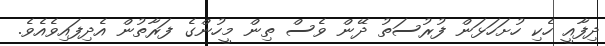
ދިފާއީ ހެކި ހުށަހަޅަން ފުރުސަތު ދޭން ވެސް ތިން މީހުންގެ ފަރާތުން އެދިފައިވެއެވެ.